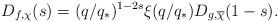
LaTeX: \begin{align*}D_{f, \chi}(s)=(q/q_*)^{1-2s}\xi(q/q_*)D_{g,\overline\chi}(1-s).\end{align*}